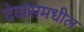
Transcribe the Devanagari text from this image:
देवासमधील